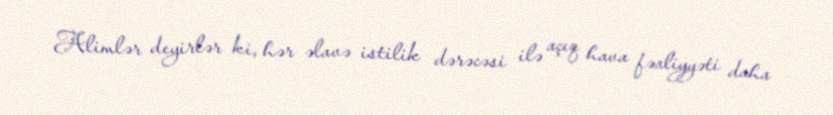
Alimlər deyirlər ki, hər əlavə istilik dərəcəsi ilə açıq hava fəaliyyəti daha